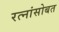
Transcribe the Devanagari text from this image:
रत्नांसोबत